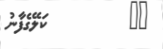
٤٠         ކަލޭގެފާނު